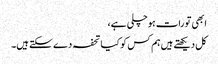
ابھی تو رات ہو چلی ہے،
کل دیکھتے ہیں ہم کس کو کیا تحفہ دے سکتے ہیں۔